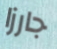
جارزا